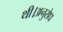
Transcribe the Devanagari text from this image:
थी।अनुरोध